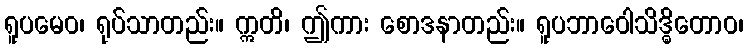
ရူပမေဝ၊ ရုပ်သာတည်း။ ဣတိ၊ ဤကား စောဒနာတည်း။ ရူပဘာဝေါသိဒ္ဓိတောဝ၊